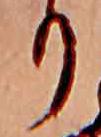
り